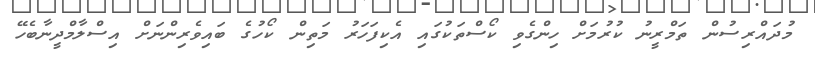
މުދައްރިސުން ތަމްރީނު ކުރުމަށް ހިންގެވި ކޯސްތަކުގައި އެކިފަހަރު މަތިން ކޯހުގެ ބައިވެރިންނަށް އިސްލާމްދީނާބެހޭ